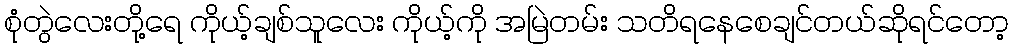
စုံတွဲလေးတို့ရေ ကိုယ့်ချစ်သူလေး ကိုယ့်ကို အမြဲတမ်း သတိရနေစေချင်တယ်ဆိုရင်တော့